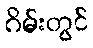
ဂိမ်းတွင်